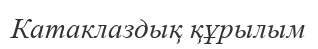
Катаклаздық құрылым